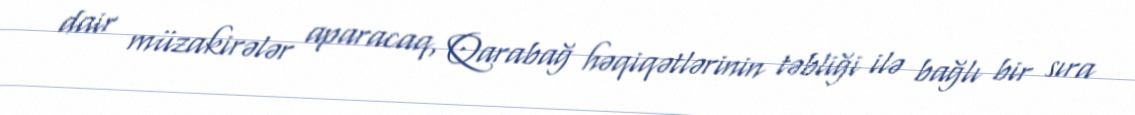
dair müzakirələr aparacaq, Qarabağ həqiqətlərinin təbliği ilə bağlı bir sıra